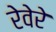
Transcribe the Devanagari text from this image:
रेवेरे